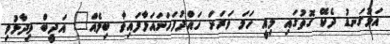
އަޅުގަނޑު ދެކޭ ގޮތުގައި މިއީ ހަމަ ވަރަށް ހައްދުފަހަނައަޅާފައިވާ ބިލެއް" އަދީބް ވިދާޅުވި